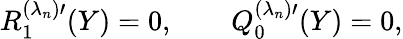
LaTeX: R_{1}^{(\lambda_{n})\prime}(Y)=0,\qquad Q_{0}^{(\lambda_{n})\prime}(Y)=0,